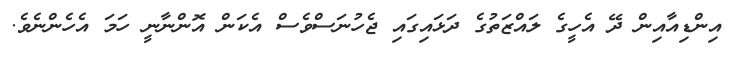
އިންޑިއާއިން ދޭ އެހީގެ ލައްޒަތުގެ ދަޅައިގައި ޖެހުނަސްވެސް އެކަން އޮންނާނީ ހަމަ އެހެންނެވެ.